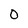
Character: 0